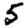
Digit: 5